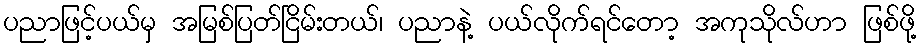
ပညာဖြင့်ပယ်မှ အမြစ်ပြတ်ငြိမ်းတယ်၊ ပညာနဲ့ ပယ်လိုက်ရင်တော့ အကုသိုလ်ဟာ ဖြစ်ဖို့